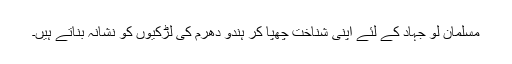
مسلمان لو جہاد کے لئے اپنی شناخت چھپا کر ہندو دھرم کی لڑکیوں کو نشانہ بناتے ہیں۔